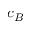
c _ { B }